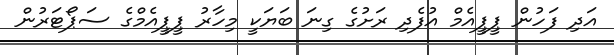
އަދި ފަހުން ޕީޕީއެމް އުފެދި ރަށުގެ ގިނަ ބަޔަކީ މިހާރު ޕީޕީއެމްގެ ސަޕޯޓަރުން